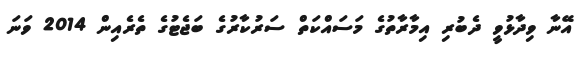
އޭނާ ވިދާޅުވީ ދެބުރި އިމާރާތުގެ މަސައްކަތް ސަރުކާރުގެ ބަޖެޓުގެ ތެރެއިން 2014 ވަނަ